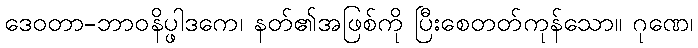
ဒေဝတာ-ဘာဝနိပ္ဖါဒကေ၊ နတ်၏အဖြစ်ကို ပြီးစေတတ်ကုန်သော။ ဂုဏေ၊